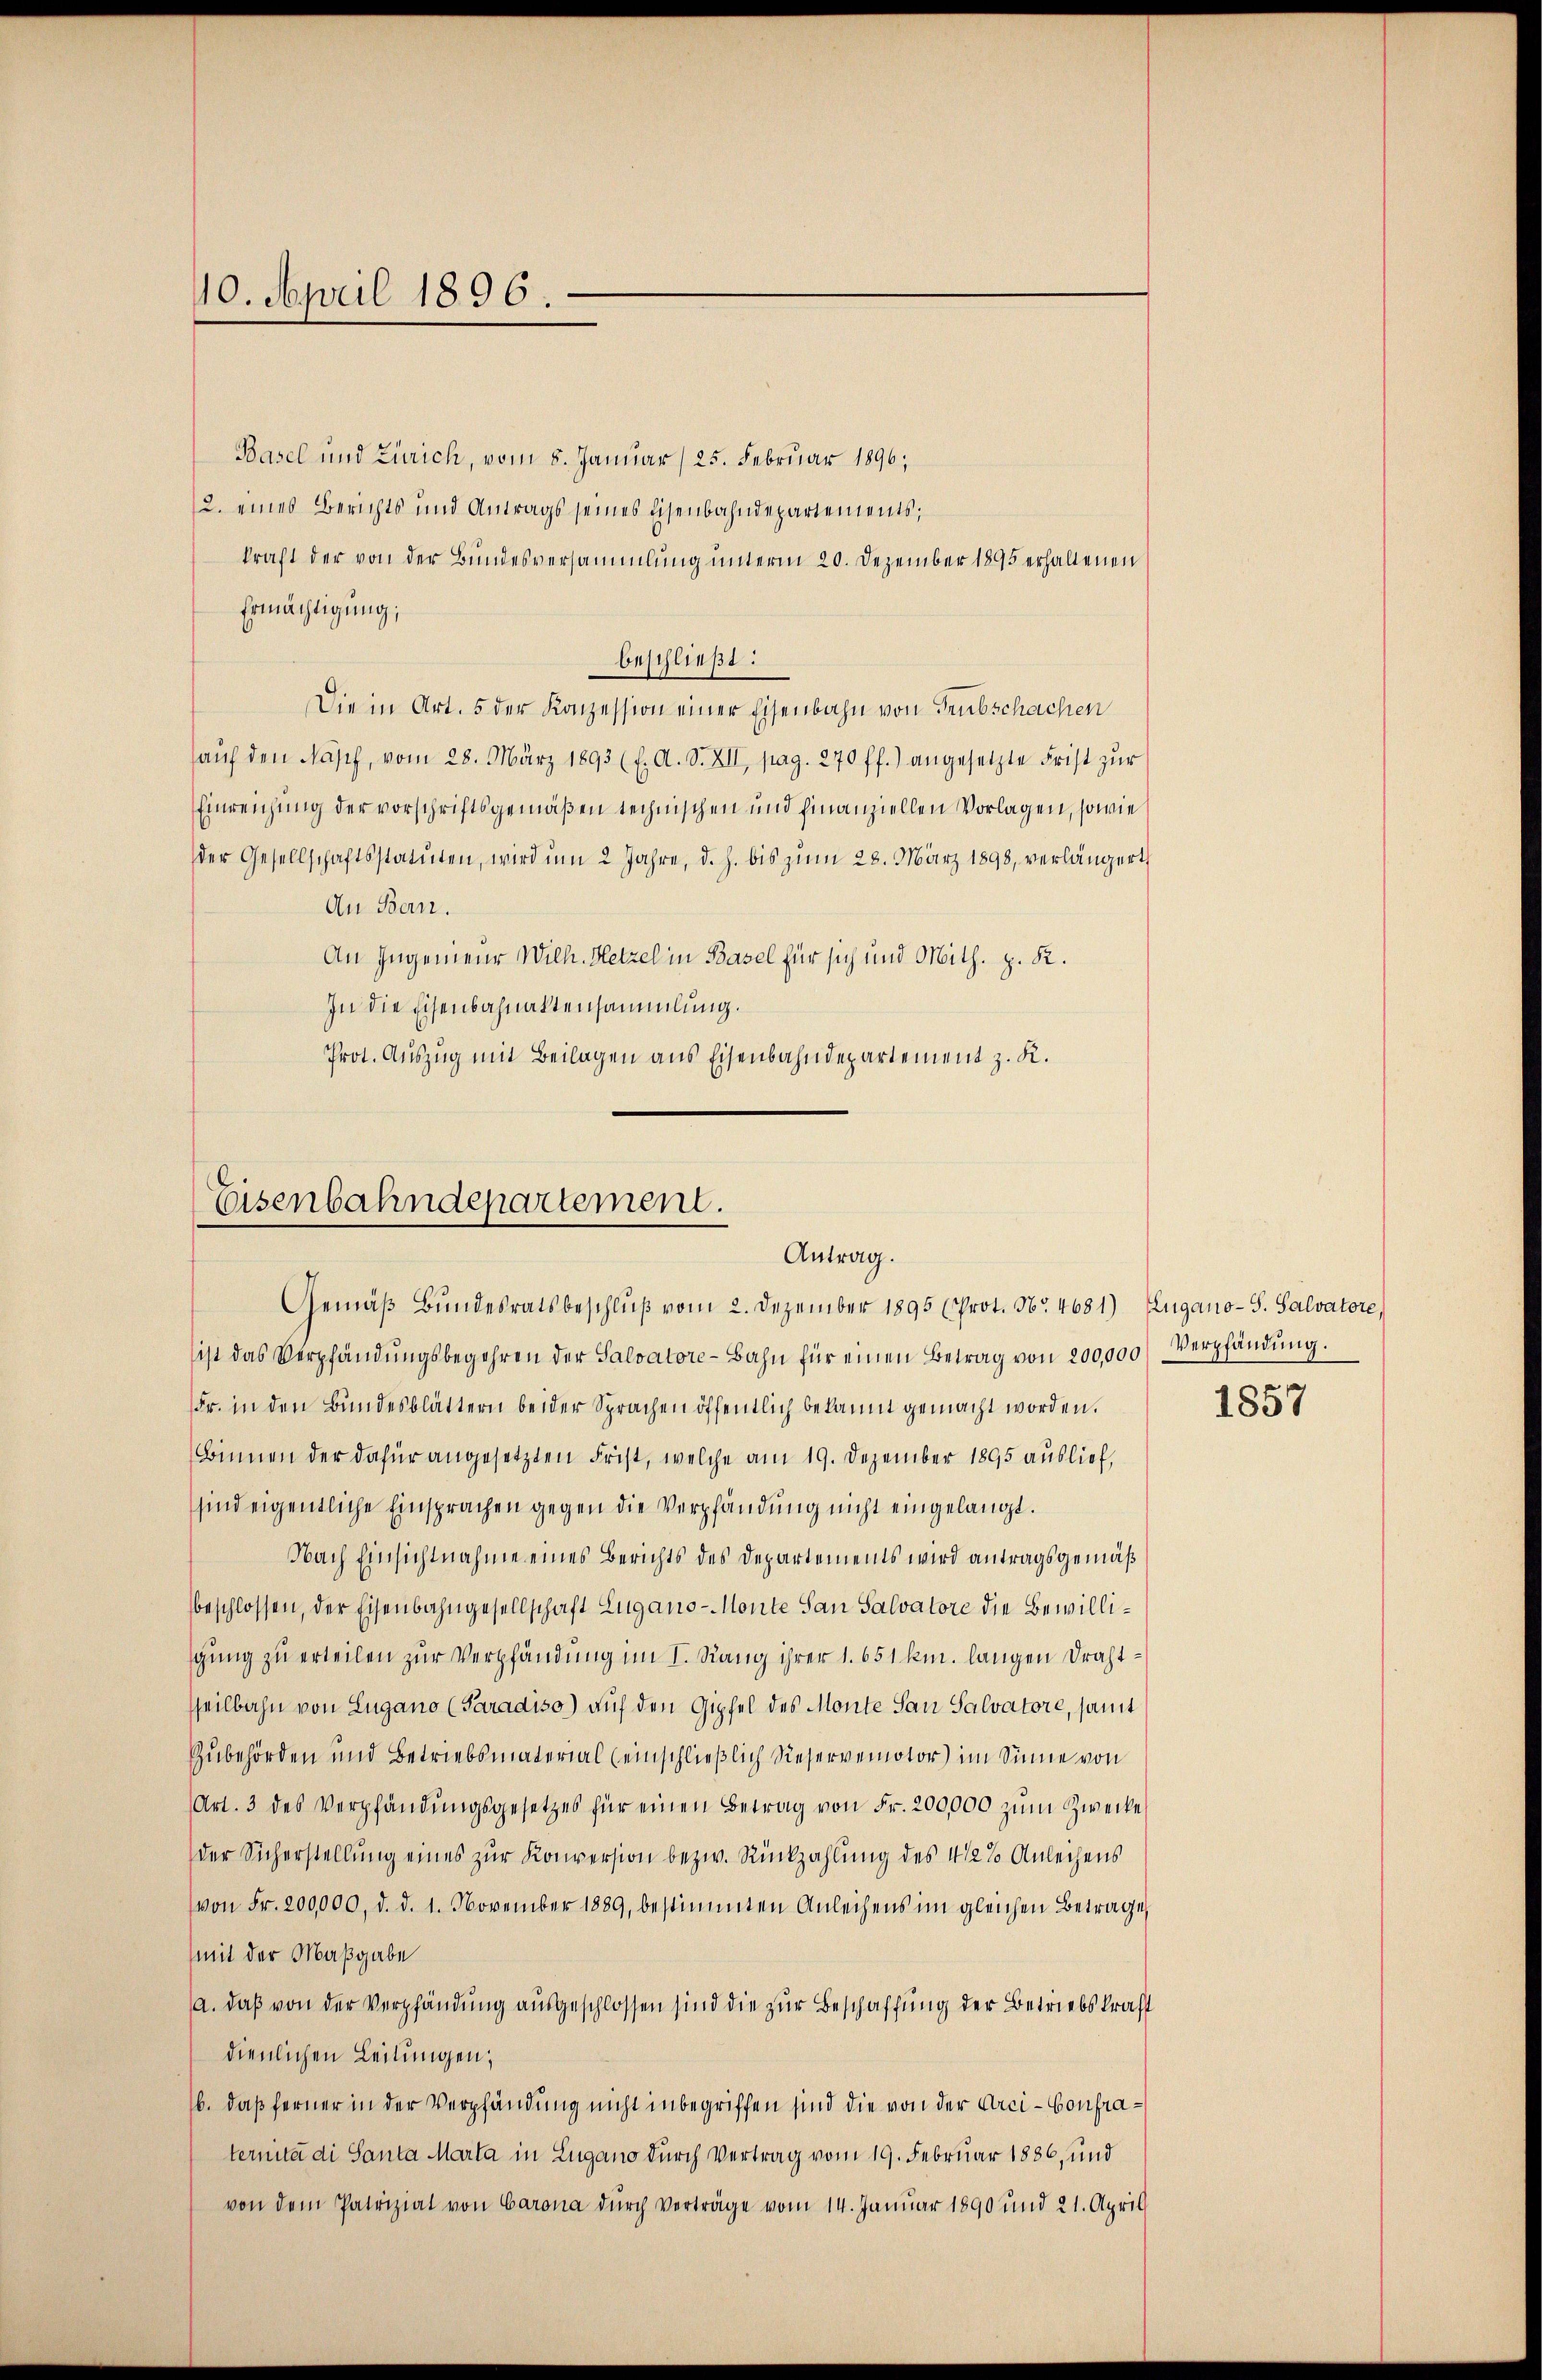
40. April 1896.

Basel und Zürich, vom 8. Januar / 25. Februar 1896;
2. eines Berichts und Antrags seines Eisenbahndepartements;
kraft der von der Bundesversammlung unterm 20. Dezember 1895 erhaltenen
Ermächtigung;
beschließt:
Die in Art. 5 der Konzession einer Eisenbahn von Trubschachen
aŭf den Nasch, vom 28. März 1893 (l. A. S. XII, pag. 270 ff.) angesetzte Frist zŭr
Einreichung der vorschriftsgemäßen technischen und finanziellen Vorlagen, sowie
der Gesellschaftsstatuten, wird um 2 Jahre, d. h. bis zum 28. März 1898, verlängert,
An Ban.
An Ingenieur Wilh. Hetzel in Basel für sich und Mith. z. R.
In die Eisenbahnaktensammlung.
Prot. Auszug mit Beilagen aus Eisenbahndepartement z. K.

Eisenbahndepartement.
Antrag.
Gemäβ Bŭndesratsbeschlŭβ vom 2. Dezember 1895 (Prot. Nr. 4681) Zugano-S. Salvatore,

ist das Verpfändungsbegehren der Salvatore-Bahn für einen Betrag von 200,000
Fr. in den Bundesblättern beider Sprachen öffentlich bekannt gemacht worden.
Binnen der dafür angesetzten Frist, welche am 19. Dezember 1895 auslief,
sind eigentliche Einsprachen gegen die Verpfändung nicht eingelangt.
Nach Einsichtnahme eines Berichts des Departements wird antragsgemäß
beschlossen, der Eisenbahngesellschaft Lugano-Monte San Salvatore die Bewilligung zu erteilen zur Verpfändung im I. Rang ihrer 1. 651 km. langen Drahttheilbahn von Lugano (Paradiso) auf den Gipfel des Monte San Salvatore, samt
Zubehörden und Betriebsmaterial (einschließlich Reservemotor) im Sinne von
Art. 3 des Verpfändungsgesetzes für einen Betrag von Fr. 200,000 zum Zwecke
der Sicherstellung eines zur Konversion bezw. Rückzahlung des 4 1/2% Anleihens
von Fr. 200,000, d. d. 1. November 1889, bestimmten Anleihens im gleichen Betrage
mit der Maßgabe
a. daß von der Verpfändung ausgeschlossen sind die zur Beschaffung der Betriebskraft
dienlichen Leitungen;
16. daß ferner in der Verpfändung nicht inbegriffen sind die von der Arci-Confraternita di Santa Marta in Zugano durch Vertrag vom 19. Februar 1886, und
von dem Patrizial von Carona durch verträge vom 14. Januar 1890 und 21. April

Verpfändung.

1857